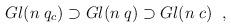
LaTeX: \begin{align*}Gl(n \; q_{c}) \supset Gl(n \; q) \supset Gl(n \; c) \; \; ,\end{align*}